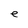
Character: e